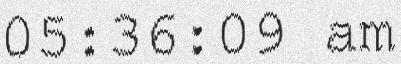
05:36:09 am